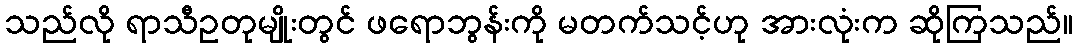
သည်လို ရာသီဥတုမျိုးတွင် ဖရောဘွန်းကို မတက်သင့်ဟု အားလုံးက ဆိုကြသည်။